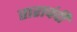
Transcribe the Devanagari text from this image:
ताराचंदी